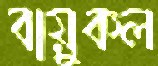
বায়ুকল